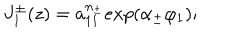
J _ { 1 } ^ { \pm } ( z ) = a _ { 1 1 } ^ { n _ { \pm } } e x p ( \alpha _ { \pm } \varphi _ { 1 } ) ;